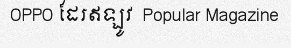
OPPO ដែរឥឡូវ  Popular Magazine